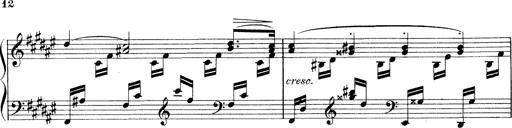
Title: 3 Ã‰tudes de concert
Composer: Franz Liszt